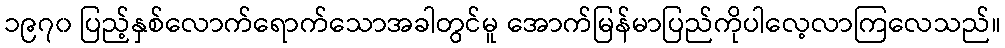
၁၉၇၀ ပြည့်နှစ်လောက်ရောက်သောအခါတွင်မူ အောက်မြန်မာပြည်ကိုပါလေ့လာကြလေသည်။